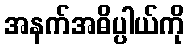
အနက်အဓိပ္ပါယ်ကို